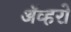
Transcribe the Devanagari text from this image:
ॲव्हरो